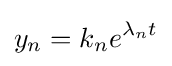
y_{n}=k_{n}e^{\lambda _{n}t}